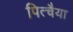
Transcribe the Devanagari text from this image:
पित्चैया